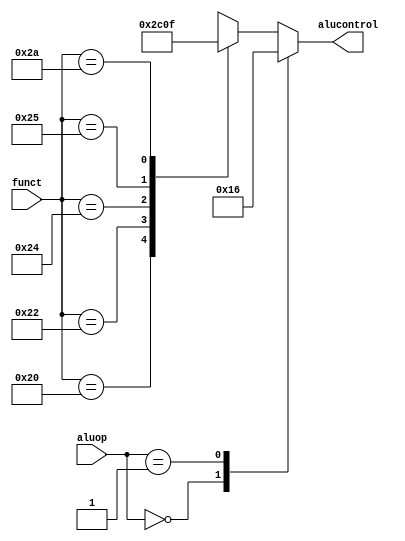
module aludec (input [5:0] funct,
	       input [1:0] aluop,
	       output reg [2:0] alucontrol);

always @(*)
	case (aluop)
	    2'b00: alucontrol <= 3'b010; //desired alu action: add for lw,sw
	    2'b01: alucontrol <= 3'b110; //desired alu action: sub for beq
	    default: case(funct)   //r-type
	        6'b100000: alucontrol <= 3'b010; //add
		6'b100010: alucontrol <= 3'b110; //sub
		6'b100100: alucontrol <= 3'b000; //and
		6'b100101: alucontrol <= 3'b001; //or
		6'b101010: alucontrol <= 3'b111; //set on less than
		6'bxxxxxx: alucontrol <= 3'bxxx; //???
		endcase
	endcase
endmodule